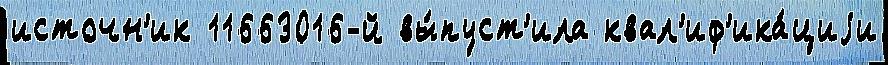
источн'ик 11663016-й вы́пуст'ила квал'иф'ика́циjи